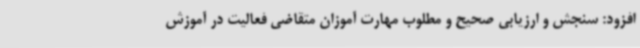
افزود: سنجش و ارزیابی صحیح و مطلوب مهارت آموزان متقاضی فعالیت در آموزش